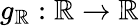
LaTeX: g_{\mathbb{R}}:\mathbb{R}\to\mathbb{R}